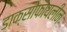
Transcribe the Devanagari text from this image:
डाक्सोफायलीन